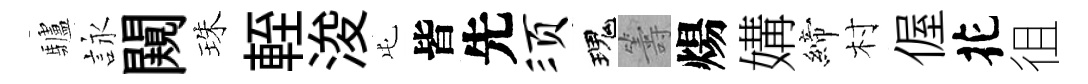
驢詠闚珠輊浚屯皆先须瑰籌煬媾締村偓花徂